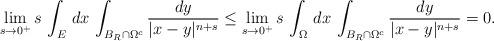
LaTeX: \begin{align*}\lim_{s\to0^+} s\,\int_E\,dx\, \int_{B_R\cap\Omega^c}\frac{dy}{|x-y|^{n+s}}\le \lim_{s\to0^+} s\,\int_\Omega\,dx\,\int_{B_R\cap\Omega^c}\frac{dy}{|x-y|^{n+s}}=0.\end{align*}